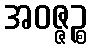
အဝဇ္ဇဉ္စ